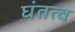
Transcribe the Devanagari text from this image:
घंतत्व